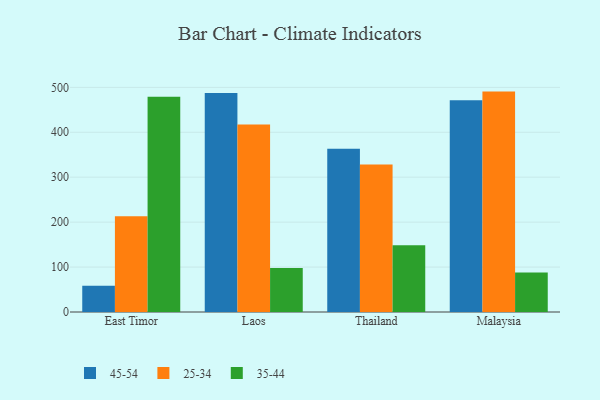
{"axis": {"x": "Country", "y": "Operating Costs (USD K)"}, "legend": ["25-34", "35-44", "45-54"], "data": [{"x": "East Timor", "y": 58.2, "type": "45-54"}, {"x": "East Timor", "y": 213.2, "type": "25-34"}, {"x": "East Timor", "y": 478.9, "type": "35-44"}, {"x": "Laos", "y": 487.6, "type": "45-54"}, {"x": "Laos", "y": 417.1, "type": "25-34"}, {"x": "Laos", "y": 98.1, "type": "35-44"}, {"x": "Thailand", "y": 363.5, "type": "45-54"}, {"x": "Thailand", "y": 328.5, "type": "25-34"}, {"x": "Thailand", "y": 148.7, "type": "35-44"}, {"x": "Malaysia", "y": 471.3, "type": "45-54"}, {"x": "Malaysia", "y": 490.5, "type": "25-34"}, {"x": "Malaysia", "y": 88.0, "type": "35-44"}]}